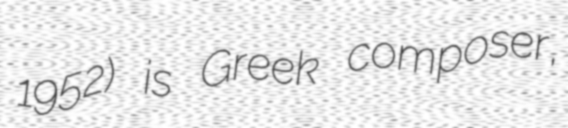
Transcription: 1952) is Greek composer,